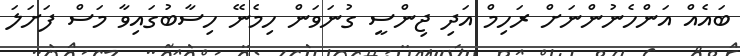
ބައެއް އަންހެނުންނަށް ރަހިމް އަދި ޖިންސީ ގުނަވަން ހިމެނޭ ހިސާބުގައިވާ މަސް ފަށަލަ